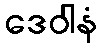
ဒေဝါနံ